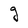
Character: g